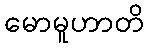
မောမူဟာတိ